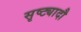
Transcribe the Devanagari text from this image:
सृष्ट्यादौ